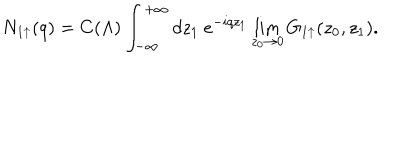
N _ { 1 \uparrow } ( q ) = C ( \Lambda ) \int _ { - \infty } ^ { + \infty } d z _ { 1 } ~ e ^ { - i q z _ { 1 } } \lim _ { z _ { 0 } \rightarrow 0 } G _ { 1 \uparrow } ( z _ { 0 } , z _ { 1 } ) .